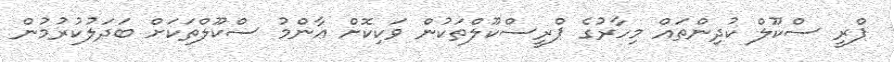
ޕްރީ ސްކޫލް ކުދިންތައް މިހާރުގެ ޕްރީސްކޫލްތަކުން ވަކިކޮށް ޢާންމު ސްކޫލްތަކަށް ބަދަލުކުރުމުން